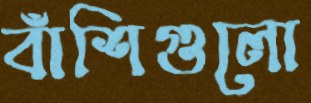
বাঁশিগুলো